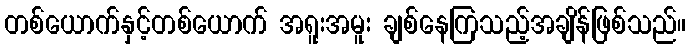
တစ်ယောက်နှင့်တစ်ယောက် အရူးအမူး ချစ်နေကြသည့်အချိန်ဖြစ်သည်။